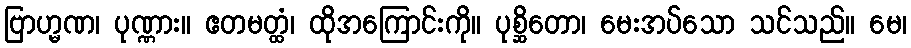
ဗြာဟ္မဏ၊ ပုဏ္ဏား။ ဧတမတ္ထံ၊ ထိုအကြောင်းကို။ ပုစ္ဆိတော၊ မေးအပ်သော သင်သည်။ မေ၊